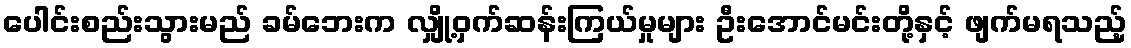
ပေါင်းစည်းသွားမည် ခမ်ဘေးက လျှို့ဝှက်ဆန်းကြယ်မှုများ ဦးအောင်မင်းတို့နှင့် ဖျက်မရသည့်